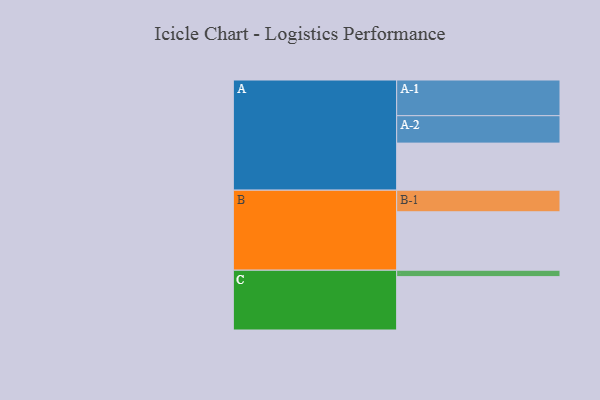
{"axis": {"x": "Segment", "y": "Value"}, "legend": ["", "A", "B", "C"], "data": [{"x": "A", "y": 381, "type": ""}, {"x": "B", "y": 473, "type": ""}, {"x": "C", "y": 432, "type": ""}, {"x": "A-1", "y": 289, "type": "A"}, {"x": "A-2", "y": 222, "type": "A"}, {"x": "B-1", "y": 175, "type": "B"}, {"x": "C-1", "y": 52, "type": "C"}]}